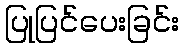
ပြုပြင်ပေးခြင်း